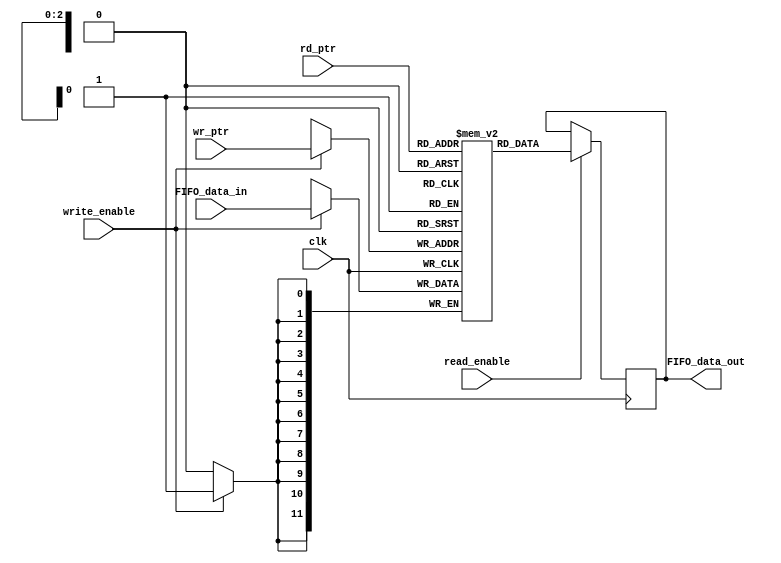
//Proyecto II
//Desarrollo de Memoria
//5-11-2012
//Version 1.0
//Modulo tomado de: https://riptutorial.com/verilog/example/10519/single-port-synchronous-ram
//Tambien de: https://yamin.cis.k.hosei.ac.jp/fpga/verilog-memory.html

module memoria #(
  parameter DATA_WIDTH=12, //tamao de datos FIFO_data_in
  parameter ADDR_WIDTH=8)  //tamao de direcciones

(input [(DATA_WIDTH-1):0] FIFO_data_in, //entrada FIFO_data_in 
  input [2:0] wr_ptr, //direccn de escritura
  input [2:0] rd_ptr, //direccn de lectura
  input clk, //seal de reloj
  input write_enable,
  input read_enable,
  output reg [(DATA_WIDTH-1):0] FIFO_data_out //salida FIFO_data_out
);
initial begin
  FIFO_data_out=12'h000;
end
  reg [DATA_WIDTH-1:0] ram [0:ADDR_WIDTH-1]; //Tamao de la memoria

  always @(posedge clk) begin 
        if (write_enable) ram[wr_ptr] <= FIFO_data_in; //Escritura
        if (read_enable) FIFO_data_out <= ram[rd_ptr]; //Lectura
      end
  
endmodule